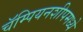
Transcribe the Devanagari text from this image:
चॅम्पियनशीपमध्ये